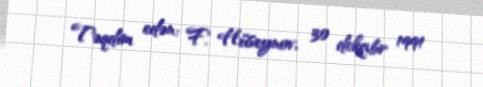
Təqdim edən: F. Hüseynov, 30 dekabr 1991